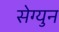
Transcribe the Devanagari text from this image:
सेग्युन